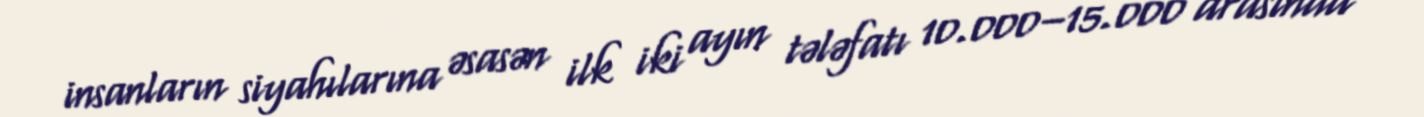
insanların siyahılarına əsasən ilk iki ayın tələfatı 10.000–15.000 arasında